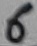
Text: 6